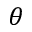
\theta